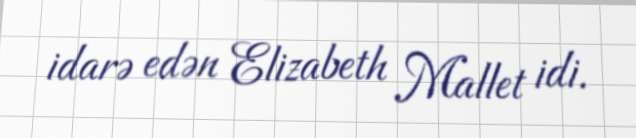
idarə edən Elizabeth Mallet idi.